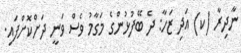
ނާދިރާ (ކ) އަދި ޒަހާ: ދެ ބޭފުޅުންގެ މަގާމު ވެސް ވަނީ ދަށްކޮށްފައި.